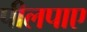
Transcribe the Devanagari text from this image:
पीलपाए